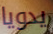
يدويا